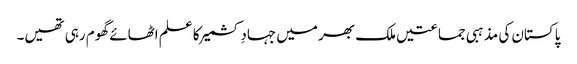
پاکستان کی مذہبی جماعتیں ملک بھر میں جہادِ کشمیر کا علم اٹھائے گھوم رہی تھیں۔